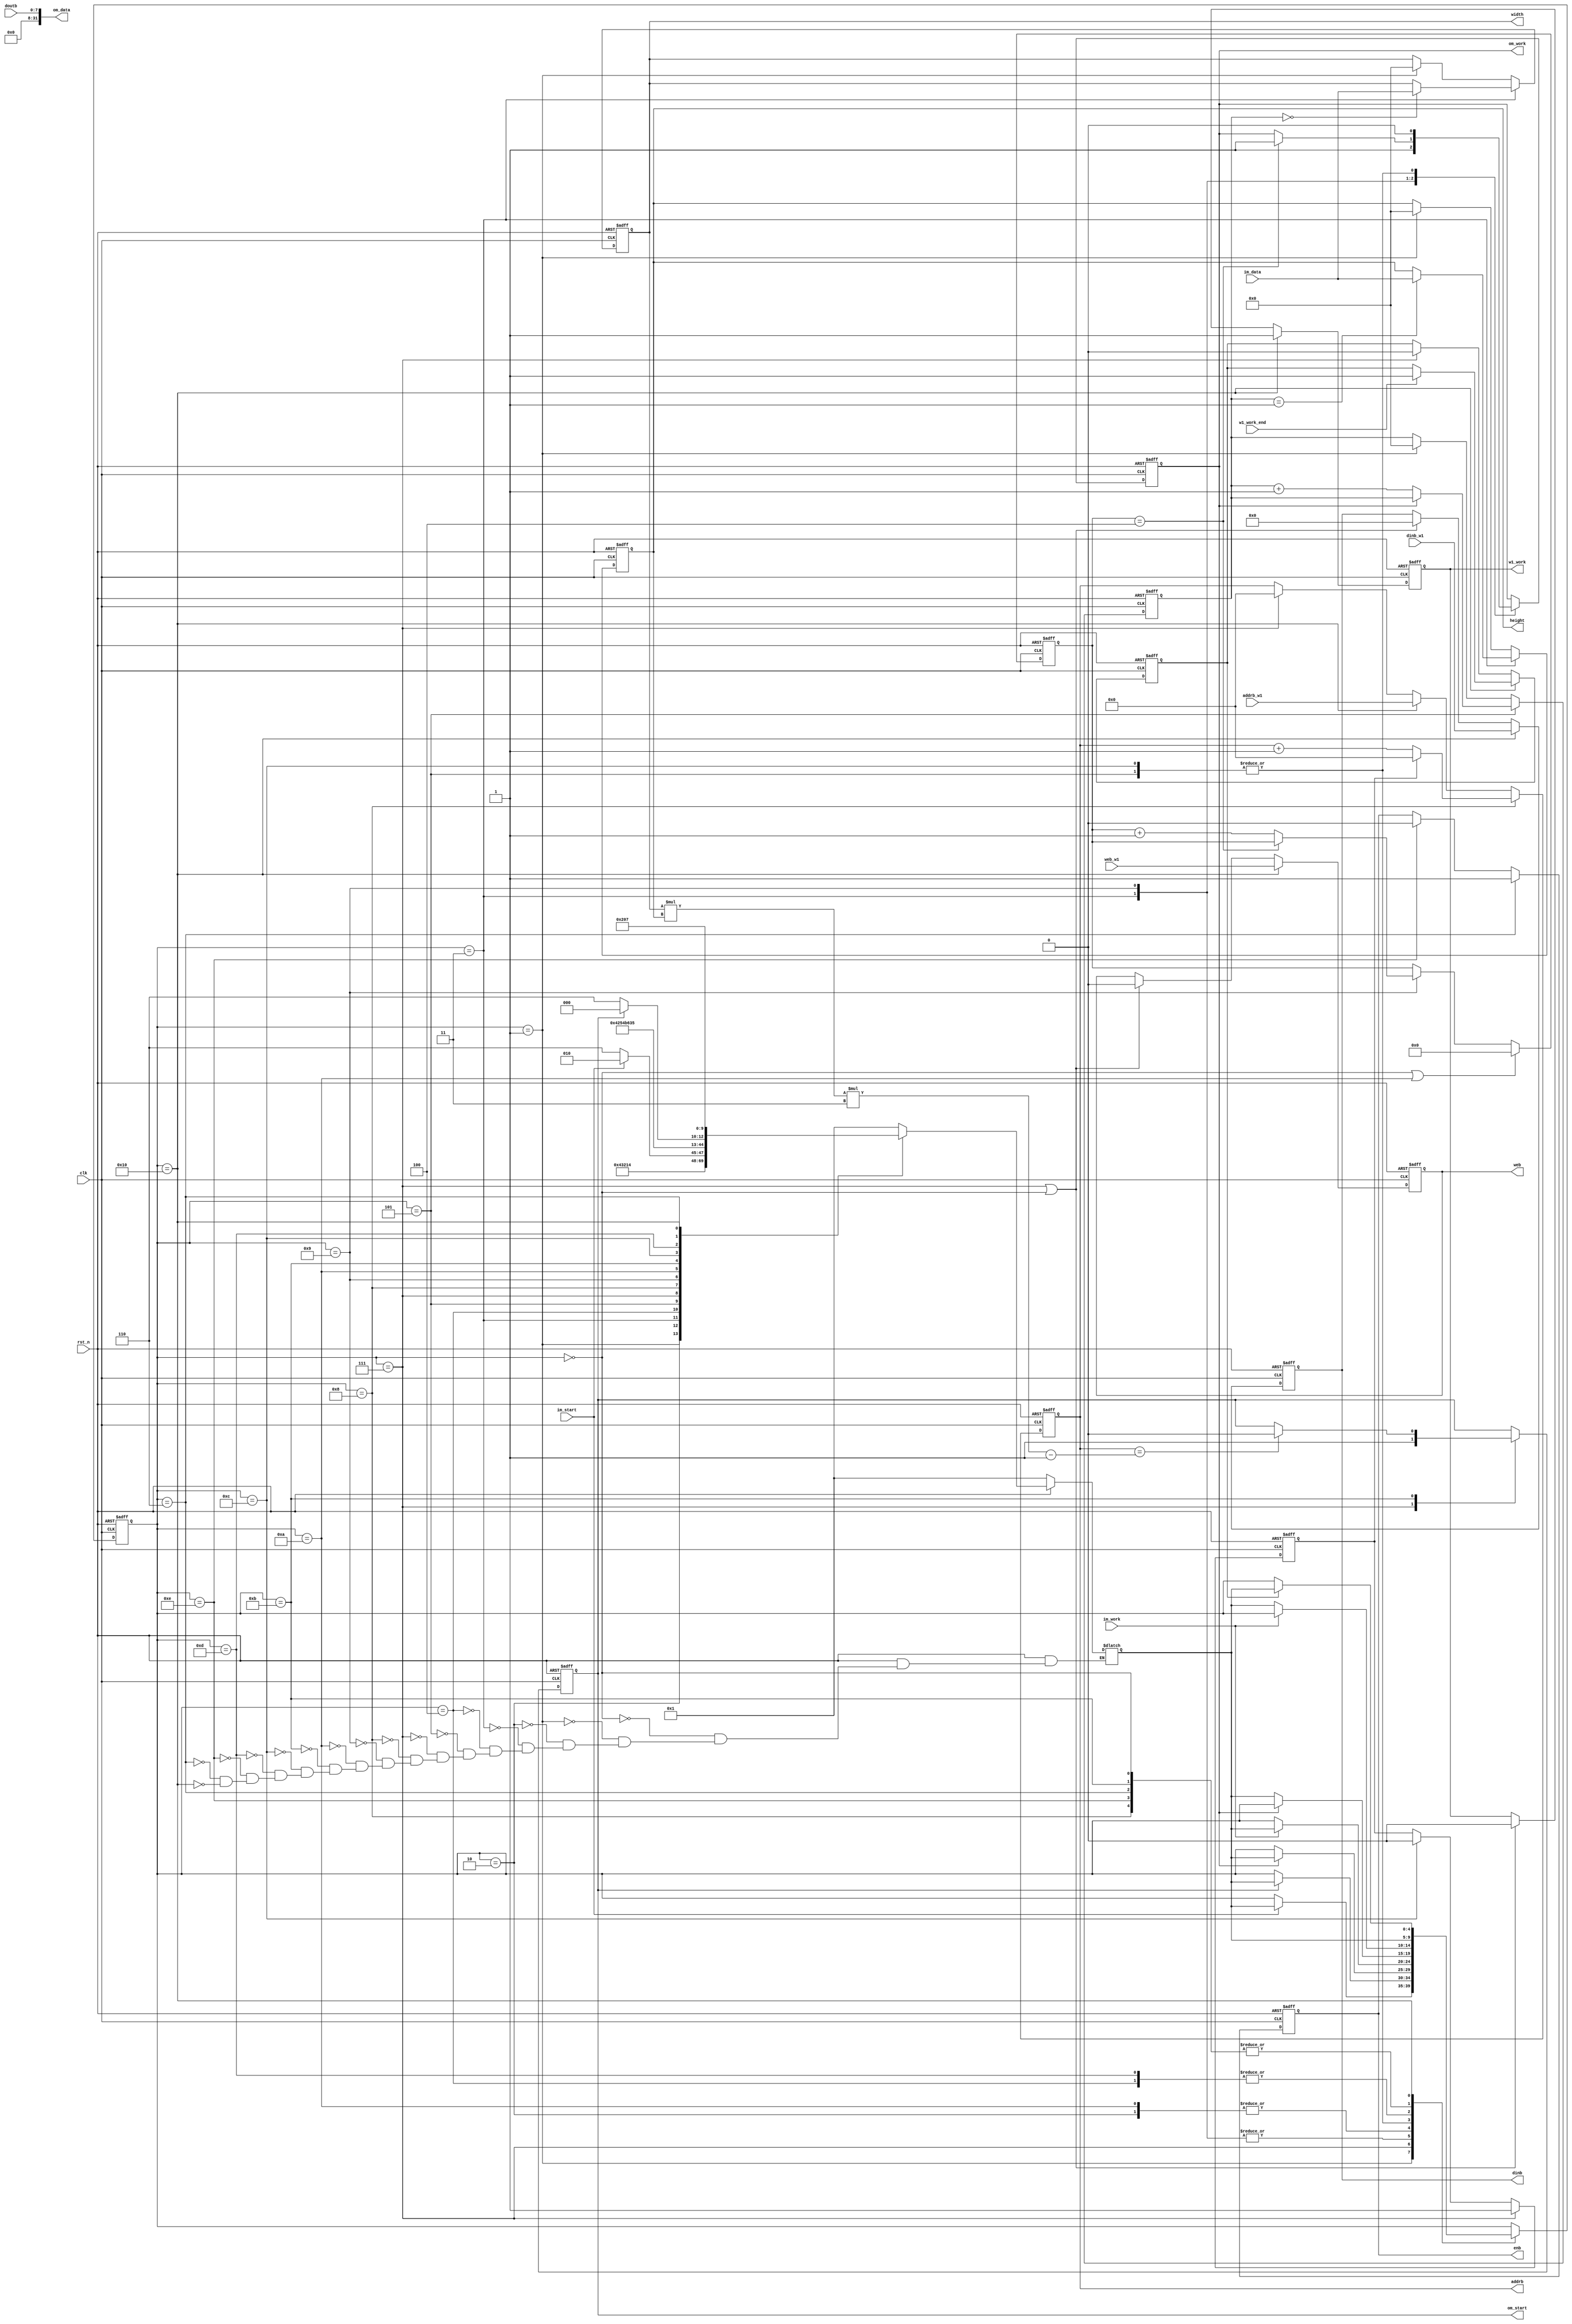
`timescale 1ns / 1ps
//////////////////////////////////////////////////////////////////////////////////
// Company: 
// Engineer: 
// 
// Design Name: 
// Module Name: solve_img
// Project Name: 
// Target Devices: 
// Tool Versions: 
// Description: 
// 
// Dependencies: 
// 
// Revision:
// Revision 0.01 - File Created
// Additional Comments:
// 
//////////////////////////////////////////////////////////////////////////////////


module solve_img
#(
    parameter ADDR_WIDTH = 18,
    parameter STATE_WIDTH = 5
)
(
    input wire clk,
    input wire rst_n,
    //ram port of b
    output reg enb,
    output reg web,
    output reg [ADDR_WIDTH-1:0] addrb,
    output reg [7:0] dinb,
    input wire [7:0] doutb,
    //dmn cell
    output reg [31:0] width,
    output reg [31:0] height,
  
    output reg w1_work,
    input w1_work_end,
    input web_w1,
    input [7:0] dinb_w1,
    input [ADDR_WIDTH-1:0] addrb_w1,
    //axi  slave control
    input wire im_start,
    input wire im_work,
    input wire [31:0] im_data,
    output wire [31:0] om_data,
    output reg om_start,
    output reg om_work   
);
    localparam S0=4'd0;
    localparam S1=4'd1;
    localparam S2=4'd2;
    localparam S3=4'd3;
    localparam S4=4'd4;
    localparam S5=4'd5;
    localparam S6=4'd6;
    localparam S7=4'd7;
    localparam S8=4'd8;
    localparam S9=4'd9;
    localparam S10=4'd10;
    localparam S11=4'd11;
    localparam S12=4'd12;
    localparam S13=4'd13;
    localparam S14=4'd14;
    localparam W1=5'd16;   

    localparam DELAY=5;

//state
    reg [STATE_WIDTH-1:0] state_now;
    reg [STATE_WIDTH-1:0] state_wait;  
    reg w1_end;    
//im_data cnt          
    reg [31:0] cnt_data;
//read delay cnt
    reg [3:0] cnt_delay;
//ram
    reg fisrt_addrb;

//assign out
assign om_data[7:0]=doutb;
assign om_data[31:8]=1'b0;

always@(posedge clk or negedge rst_n)begin
        if(!rst_n)begin
            state_now<=S0;
        end
        else begin
            case(state_now)
                S0:state_now<=state_wait;
                S1:if(im_start)state_now<=state_wait;
                S2:if(im_work)state_now<=state_wait;
                S3:if(om_work)state_now<=state_wait;
                S4:if(!im_work)state_now<=state_wait;
                S5:if(!om_work)state_now<=state_wait;

                S7:if(om_start)state_now<=state_wait;
                S8:state_now<=state_wait;
                S9:if(om_work)state_now<=state_wait;
                S10:if(im_work)state_now<=state_wait;
                S11:state_now<=state_wait;
                S12:if(!om_work)state_now<=state_wait;
                S13:if(!im_work)state_now<=state_wait;
                S14:state_now<=state_wait;

                S6:state_now<=state_wait;
                W1:if(w1_end)state_now<=state_wait;
                
            endcase
        end
    end 
always@(*)begin
        if(!rst_n)begin
            state_wait<=S1;
        end
        else begin
            case(state_now)
                S0:state_wait=S1;
                S1:state_wait=S2;
                S2:state_wait=S3;
                S3:state_wait=S4;
                S4:state_wait=S5;
                S5:if(!im_start)state_wait=S6;else state_wait=S2;

                S7:state_wait=S8;
                S8:state_wait=S9;
                S9:state_wait=S10;
                S10:state_wait=S11;
                S11:state_wait=S12;
                S12:state_wait=S13;
                S13:if(!om_start)state_wait=S14;else state_wait=S8;
                S14:state_wait=S1;

                S6:state_wait=W1;
                W1:state_wait=S7;
            endcase
        end
    end  
//master write
always@(posedge clk or negedge rst_n)begin
    if(!rst_n)begin
        om_work<=1'b0;
    end
    else begin
        case(state_now)
            S3:om_work<=1'b1;
            S5:om_work<=1'b0;
            S9:if(cnt_delay==DELAY-1)om_work<=1'b1;
            S12:om_work<=1'b0;
        endcase
    end
end
always@(posedge clk or negedge rst_n)begin
    if(!rst_n)begin
        cnt_delay<=1'b0;
    end
    else if(state_now==S0 || state_now==S10)begin
        cnt_delay<=1'b0;
    end
    else if(state_now==S9)begin
        if(cnt_delay==DELAY-1'b1)begin
            cnt_delay<=cnt_delay;
        end
        else begin
            cnt_delay<=cnt_delay+1'b1;
        end
    end
end
always@(posedge clk or negedge rst_n)begin
    if(!rst_n)begin
        om_start<=1'b0;
    end
    else begin
        case(state_now)
            S7:om_start<=1'b1;
            S11:if(addrb==width*height*3-1) om_start<=1'b0;
        endcase
    end
end
always@(posedge clk or negedge rst_n)begin
    if(!rst_n)begin
        fisrt_addrb<=1'b0;
    end
    else if(state_now==S7)begin
        fisrt_addrb<=1'b1;
    end
    else if(state_now==S12)begin
        fisrt_addrb<=1'b0;
    end
end
//ram
always@(posedge clk or negedge rst_n)begin
    if(!rst_n)begin
        addrb<=1'b0;
    end
    else if(state_now==S8)begin
        if(fisrt_addrb)begin
            addrb<=1'b0;
        end
        else begin
            addrb<=addrb+1'b1;
        end
    end
    else if(state_now==W1)begin
        addrb<=addrb_w1;
    end
    else if(state_now==S7)begin
        addrb<=1'b0;
    end
end
always@(posedge clk or negedge rst_n)begin
    if(!rst_n)begin
        web<=1'b0;
        dinb<=1'b0;
    end
    else if(state_now==W1)begin
        web<=web_w1;
        dinb<=dinb_w1;
    end
    else if(state_now==S7 || state_now==S0)begin
        web<=1'b0;
        dinb<=1'b0;       
    end
end
always@(posedge clk or negedge rst_n)begin
    if(!rst_n)begin
        enb<=1'b0;
    end
    else if(state_now==S6)begin
        enb<=1'b1;
    end
    else if(state_now==S14)begin
        enb<=1'b0;
    end
end
//prepare work 
always@(posedge clk or negedge rst_n)begin
    if(!rst_n)begin
        width<=1'b0;
        height<=1'b0;
    end
    else if(state_now==S3) begin
        case(cnt_data)
            1'd0:width<=im_data;
            1'd1:height<=im_data;
        endcase
    end
    else if(state_now==S1)begin
        width<=1'b0;
        height<=1'b0;
    end
end
always@(posedge clk or negedge rst_n)begin
    if(!rst_n)begin
        cnt_data<=1'b0;
    end
    else if(state_now==S5)begin
        if(!om_work)begin
            cnt_data<=cnt_data+1'b1;
        end
    end
    else if(state_now==S1)begin
        cnt_data<=1'b0;
    end
end
always@(posedge clk or negedge rst_n)begin
    if(!rst_n)begin
        w1_end<=1'b0;
    end
    else if(state_now==W1)begin
        if(w1_work_end) begin
            w1_end<=1'b1;
        end
    end
    else if(state_now==S7)begin
        w1_end<=1'b0;
    end
end
always@(posedge clk or negedge rst_n)begin
    if(!rst_n)begin
        w1_work<=1'b0;
    end
    else if(state_now==W1)begin
        w1_work<=1'b1;
    end
    else if(state_now==S7 || state_now==S0) begin
        w1_work<=1'b0; 
    end
end
endmodule